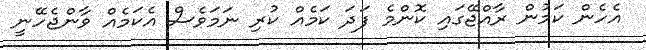
އެހެން ކަމުން ރާއްޖޭގައި ކޮންމެ ފަދަ ކަމެއް ކުރި ނަމަވެސް އެކަމެއް ވާންޖެހޭނީ